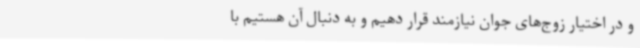
و در اختیار زوج‌های جوان نیازمند قرار دهیم و به دنبال آن هستیم با